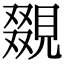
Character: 𧡏